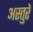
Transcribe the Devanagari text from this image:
अस्तुरे